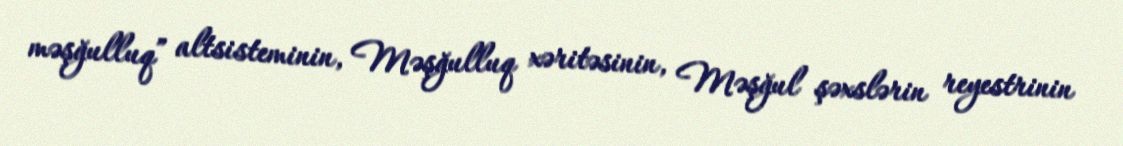
məşğulluq” altsisteminin, Məşğulluq xəritəsinin, Məşğul şəxslərin reyestrinin